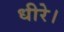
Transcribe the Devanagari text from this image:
धीरे।